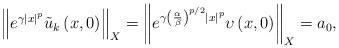
LaTeX: \begin{align*}\left\Vert e^{\gamma \left\vert x\right\vert ^{p}}\tilde{u}_{k}\left(x,0\right) \right\Vert _{X}=\left\Vert e^{\gamma \left( \frac{\alpha }{\beta }\right) ^{p/2}\left\vert x\right\vert ^{p}}\upsilon \left( x,0\right)\right\Vert _{X}=a_{0}, \end{align*}